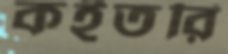
কইতরি